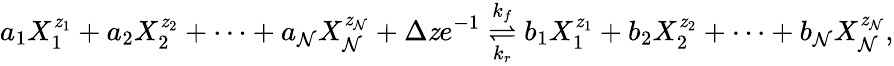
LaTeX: a_{1}X_{1}^{\mathit{z}_{1}}+a_{2}X_{2}^{\mathit{z}_{2}}+\cdots+a_{\mathcal{N}}X_{\mathcal{N}}^{\mathit{z}_{\mathcal{N}}}+\Delta\mathit{z}e^{-1}\overset{k_{f}}{\underset{k_{r}}{\rightleftharpoons}}b_{1}X_{1}^{\mathit{z}_{1}}+b_{2}X_{2}^{\mathit{z}_{2}}+\cdots+b_{\mathcal{N}}X_{\mathcal{N}}^{\mathit{z}_{\mathcal{N}}},